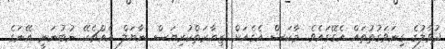
ދުވާލުގެ ގިނަވަގުތުތައް އެގޭގައެވެ. މާކަސް އެގެއަށް ޒިޔާރަތްކުރިޔަސް ނާޔަލް އެއްޗެކޭ ނުބުނަނީ އޭނަގެ